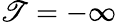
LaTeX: \mathscr{T}=-\infty